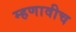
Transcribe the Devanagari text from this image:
म्हणावीच